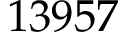
1 3 9 5 7